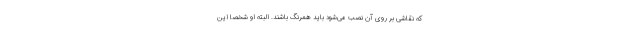
که نقاشی بر روی آن نصب می‌شود باید همرنگ باشند. البته او شخصا این